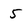
Character: 5